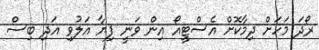
ރޯދަ މަހަށް ދިމާކޮށް އެސްޓީއޯ އިން ވަނީ ފިޔާ އަލުވި އަދި ބިސް